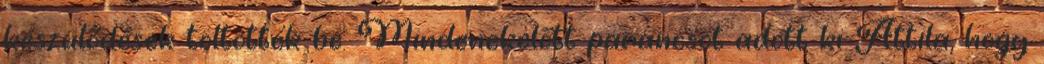
készülődések töltötték be. Mindenekelőtt parancsot adott ki Attila, hogy